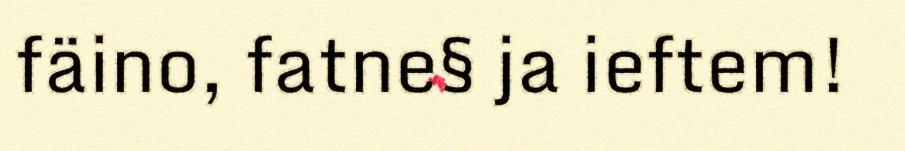
fäino, fatne§ ja ieftem!